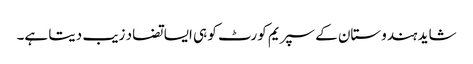
شاید ہندوستان کے سپریم کورٹ کو ہی ایسا تضاد زیب دیتا ہے۔